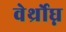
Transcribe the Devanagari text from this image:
वेर्थ्रोघ्न